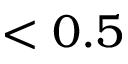
< 0 . 5